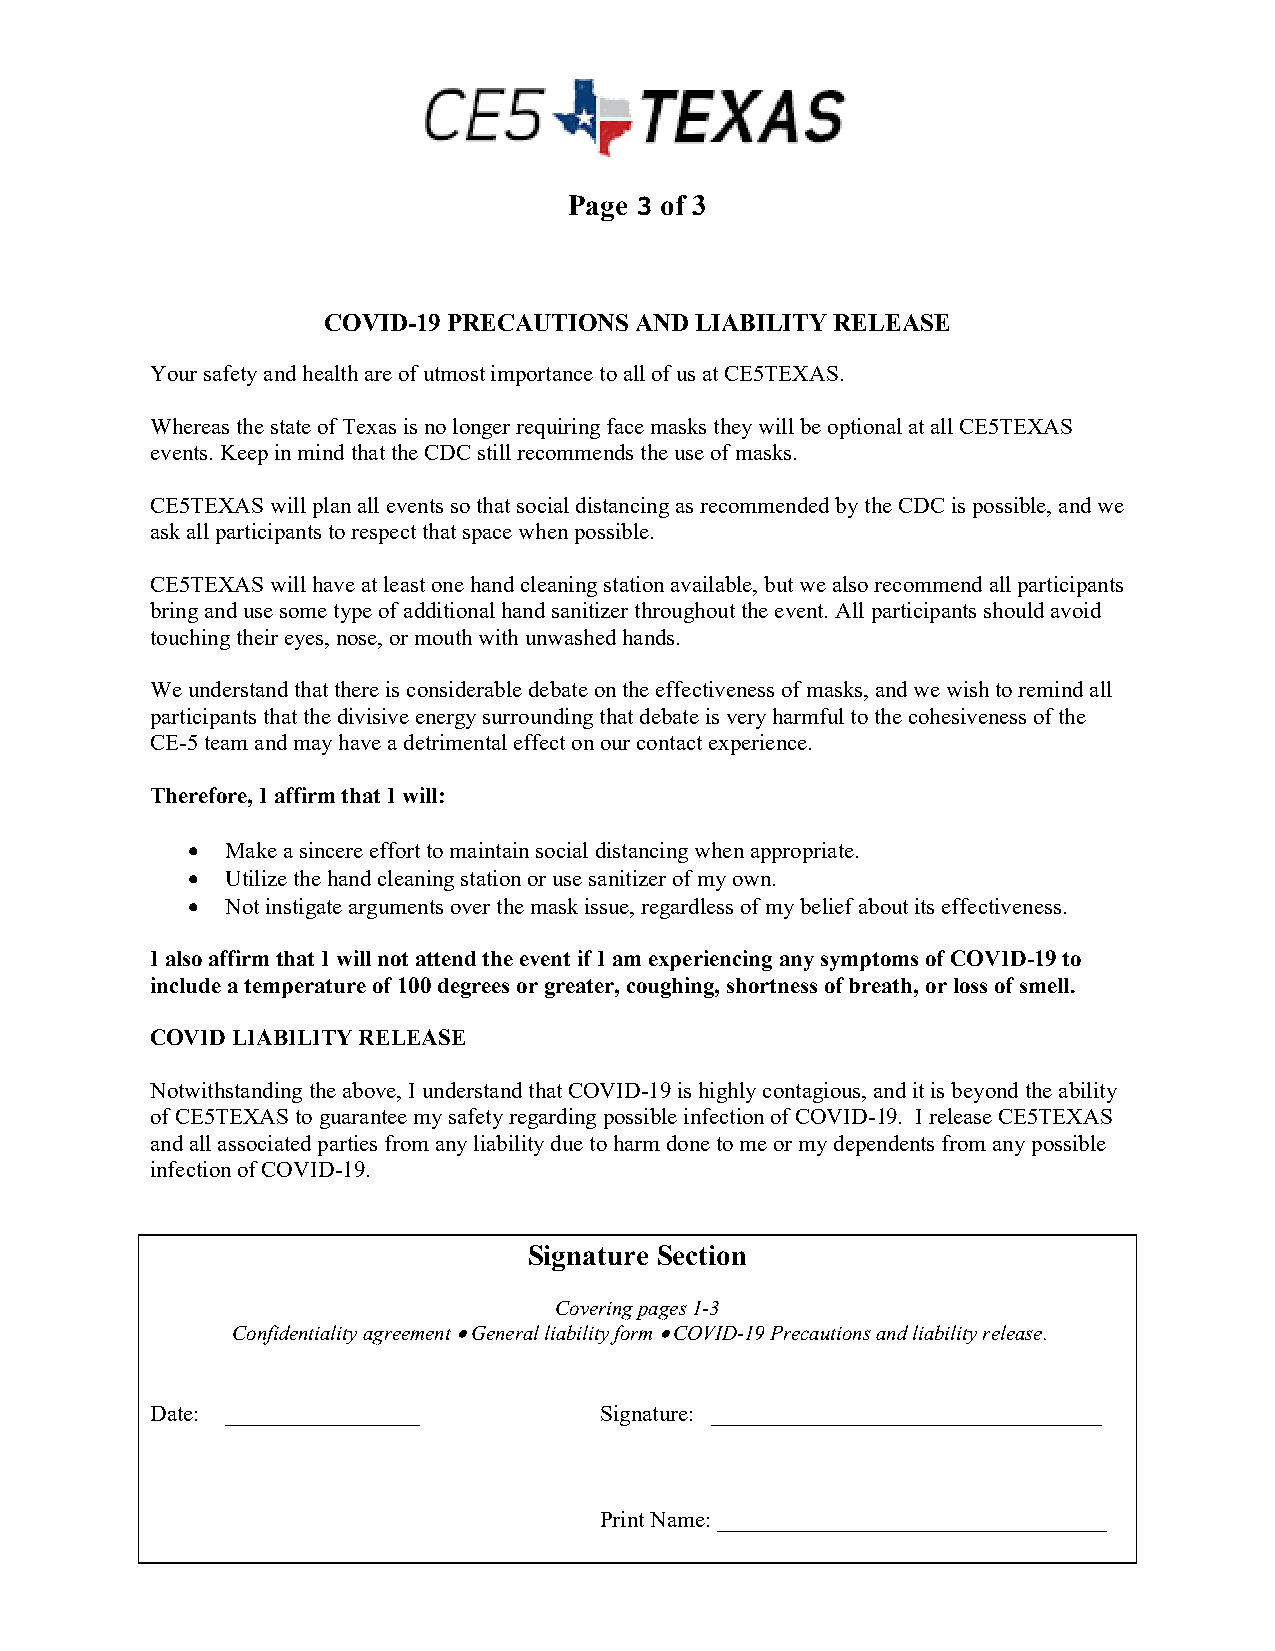
Page 3 of 3
 COVID-19 PRECAUTIONS AND LIABILITY RELEASE
 Your safety and health are of utmost importance to all of us at CE5TEXAS.
 Whereas the state of Texas is no longer requiring face masks they will be optional at all CE5TEXAS
 events. Keep in mind that the CDC still recommends the use of masks.
 CE5TEXAS will plan all events so that social distancing as recommended by the CDC is possible, and we
 ask all participants to respect that space when possible.
 CE5TEXAS will have at least one hand cleaning station available, but we also recommend all participants
 bring and use some type of additional hand sanitizer throughout the event. All participants should avoid
 touching their eyes, nose, or mouth with unwashed hands.
 We understand that there is considerable debate on the effectiveness of masks, and we wish to remind all
 participants that the divisive energy surrounding that debate is very harmful to the cohesiveness of the
 CE-5 team and may have a detrimental effect on our contact experience.
 Therefore, I affirm that I will:
 •  Make a sincere effort to maintain social distancing when appropriate.
 •  Utilize the hand cleaning station or use sanitizer of my own.
 •  Not instigate arguments over the mask issue, regardless of my belief about its effectiveness.
 I also affirm that I will not attend the event if I am experiencing any symptoms of COVID-19 to
 include a temperature of 100 degrees or greater, coughing, shortness of breath, or loss of smell.
 COVID LIABILITY RELEASE
 Notwithstanding the above, I understand that COVID-19 is highly contagious, and it is beyond the ability
 of CE5TEXAS to guarantee my safety regarding possible infection of COVID-19. I release CE5TEXAS
 and all associated parties from any liability due to harm done to me or my dependents from any possible
 infection of COVID-19.
 Signature Section
 Covering pages 1-3
 Confidentiality agreement • General liability form • COVID-19 Precautions and liability release.
 Date: _________________       Signature: __________________________________
 Print Name: __________________________________